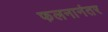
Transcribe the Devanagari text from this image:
फलनानंतर